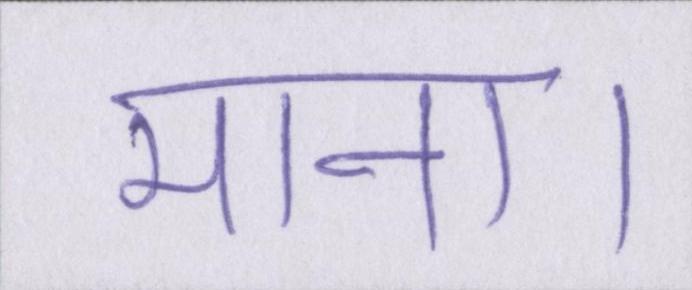
माना।